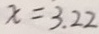
x = 3 . 2 2